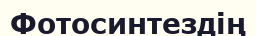
Фотосинтездің